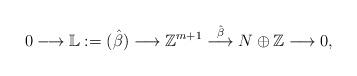
LaTeX: \begin{align*}0 \longrightarrow \mathbb{L}:=(\hat{\beta}) \longrightarrow \mathbb{Z}^{m+1} \stackrel{\hat{\beta}}{\longrightarrow} N\oplus \mathbb Z\longrightarrow 0,\end{align*}